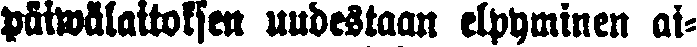
päivälaitoksen uudestaan elpyminen ai-